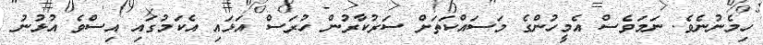
ހިމެނުނެވެ. ނަމަވެސް އެމީހުންގެ މަސައްކަތަށް ސަރުކާރުން ހުރަސް އަޅައި އެކަމުގައި އިސްވެ އުޅުނު